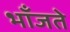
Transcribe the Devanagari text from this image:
भाँजते